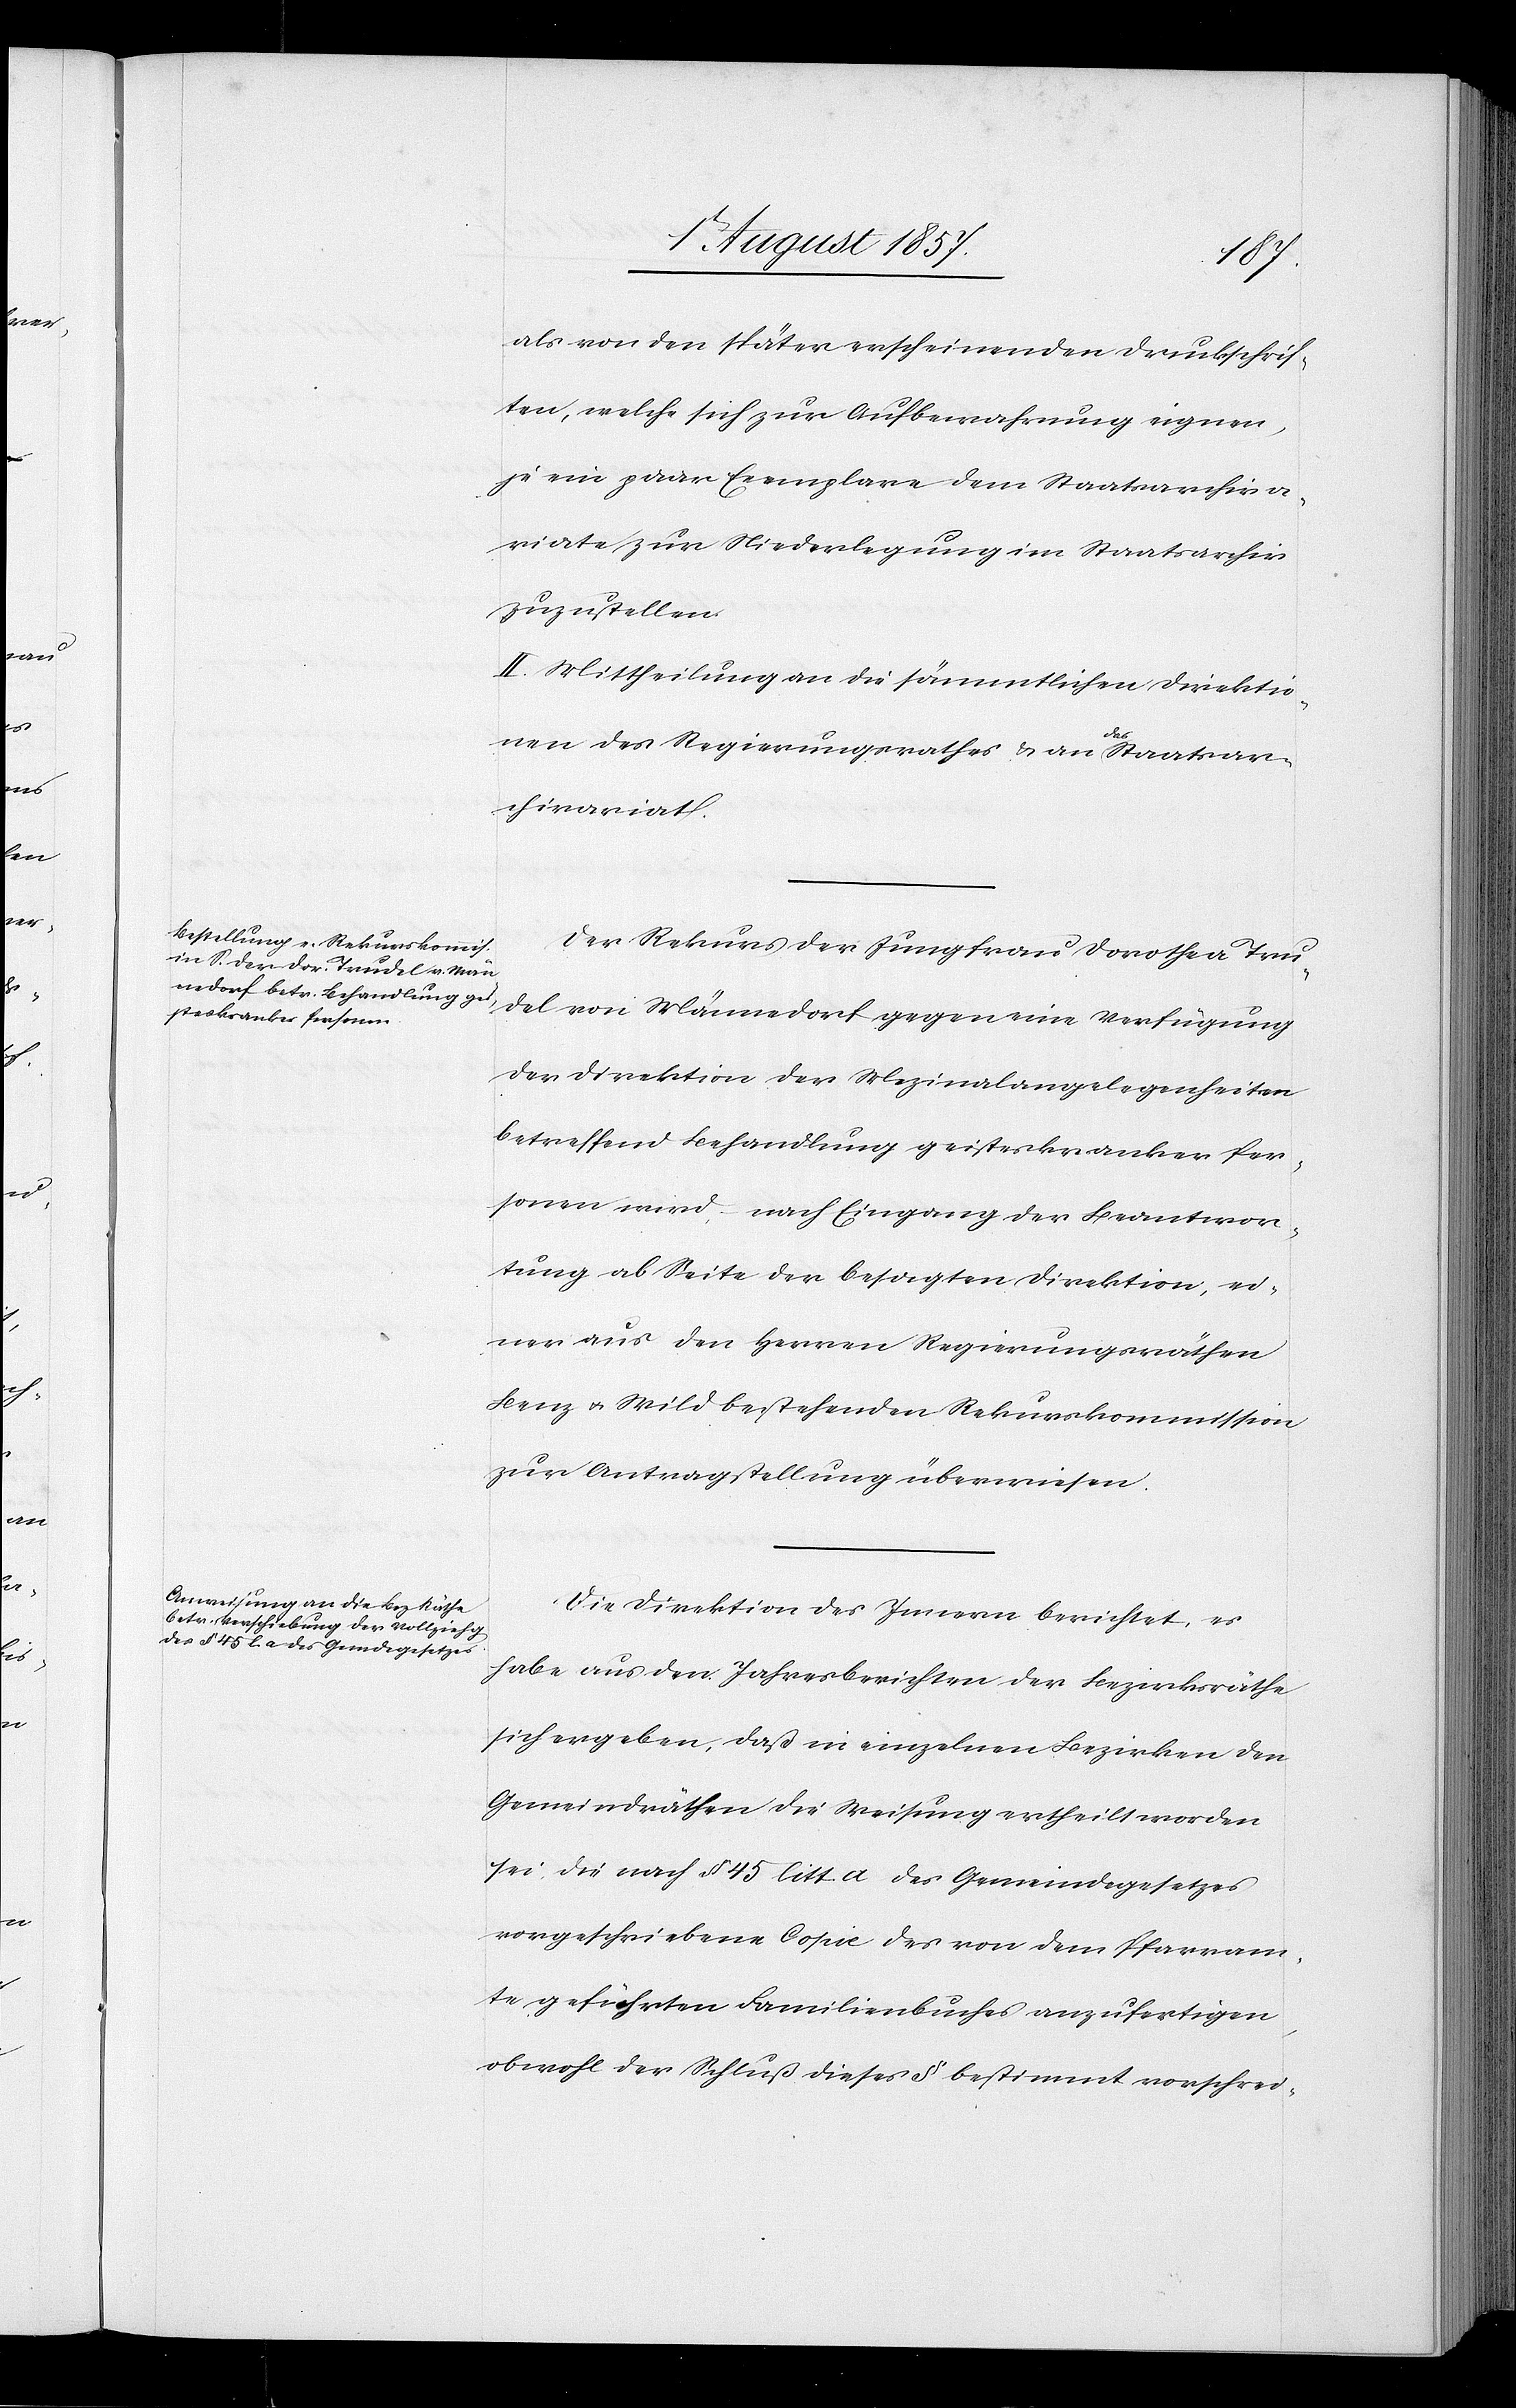
als den später erscheinenden Druckschrif¬
ten, welche sich zur Aufbewahrung eignen,
je ein paar Exemplare dem Staatsarchiva¬
riate zur Niederlegung im Staatsarchiv
zuzustellen.
II. Mittheilung an die sämmtlichen Direktio¬
nen des Regierungsrathes & an das Staatsar¬
chivariat.
Der Rekurs der Jungfrau Dorothea Tru¬
del von Männedorf gegen eine Verfügung
der Direktion der Medizinalangelegenheiten
betreffend Behandlung geisteskranker Per¬
sonen wird, nach Eingang der Beantwor¬
tung ab Seite der besagten Direktion, ei¬
ner aus den Herren Regierungsräthen
Benz & Wild bestehenden Rekurskommission
zur Antragstellung überwiesen.
Die Direktion des Innern berichtet, es
habe aus den Jahresberichten der Bezirksräthe
sich ergeben, daß in einzelnen Bezirken den
Gemeindräthen die Weisung ertheilt worden
sei, die nach § 45 litt. a des Gemeindegesetzes
vorgeschriebene Copie des von dem Pfarram¬
te geführten Familienbuches anzufertigen,
obwohl der Schluß dieses § bestimmt vorschrei-